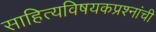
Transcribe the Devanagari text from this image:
साहित्यविषयकप्रश्नांची